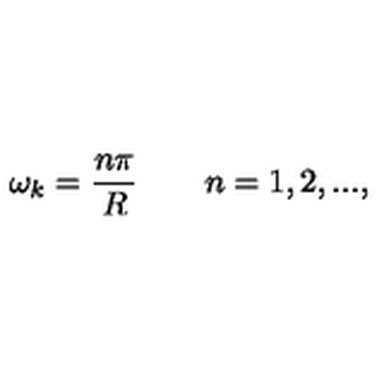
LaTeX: \omega _ { k } = \frac { n \pi } { R } \qquad n = 1 , 2 , . . . ,